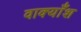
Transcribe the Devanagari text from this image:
वाक्याँश